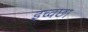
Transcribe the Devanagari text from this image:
इच्वछा